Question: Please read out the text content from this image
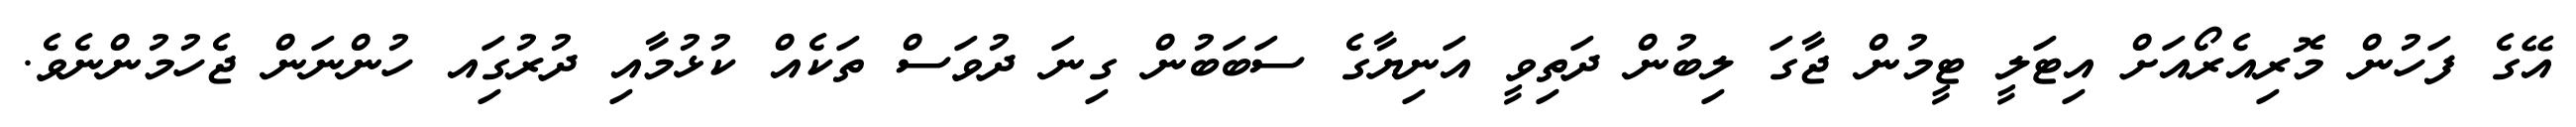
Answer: އޭގެ ފަހުން މޮރިއެރޯއަށް އިޓަލީ ޓީމުން ޖާގަ ލިބުން ދަތިވީ އަނިޔާގެ ސަބަބުން ގިނަ ދުވަސް ތަކެއް ކުޅުމާއި ދުރުގަިއ ހުންނަން ޖެހުމުންނެވެ.